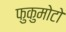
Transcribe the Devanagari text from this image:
फुकुमोटो